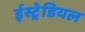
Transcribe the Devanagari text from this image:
ईस्ट्रेडियल